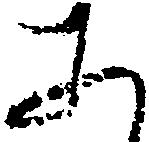
そ